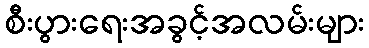
စီးပွားရေးအခွင့်အလမ်းများ